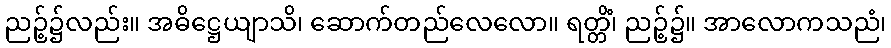
ညဉ့်၌လည်း။ အဓိဋ္ဌေယျာသိ၊ ဆောက်တည်လေလော။ ရတ္တိံ၊ ညဉ့်၌။ အာလောကသညံ၊